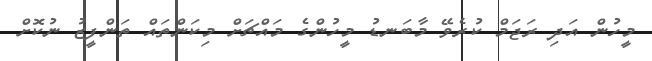
މީހުން އަދި ރަޖަމް ކުރެވޭ މާބަނޑު މީހުންގެ މައްޗަށް މިކަންތައް ތަންފީޒު ނުކޮށް